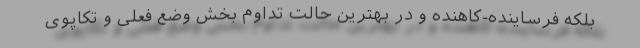
بلکه فرساینده-کاهنده و در بهترین حالت تداوم بخش وضع فعلی و تکاپوی